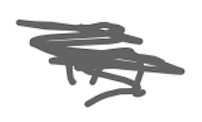
Text: in
Cross-out: scratch
Writing tool: digital_gray